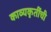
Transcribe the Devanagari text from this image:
काव्यकृतींची